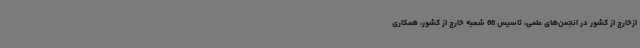
ازخارج از کشور در انجمن‌های علمی، تاسیس 66 شعبه خارج از کشور، همکاری